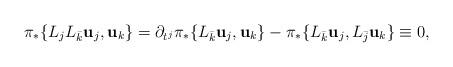
LaTeX: \begin{align*} \pi_*\{L_j L_{\bar k} \textbf u_j,\textbf u_k\}= \partial_{t^j} \pi_*\{L_{\bar k}\textbf u_j,\textbf u_k\} -\pi_*\{L_{\bar k}\textbf u_j,L_{\bar j}\textbf u_k\}\equiv 0,\end{align*}